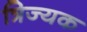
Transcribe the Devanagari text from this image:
त्रिज्यक